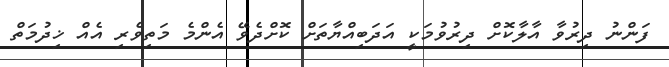
ފަންނު ދިރުވާ އާލާކޮށް ދިރުވުމަކީ އަދަބިއްޔާތަށް ކޮށްދެވޭ އެންމެ މަތިވެރި އެއް ޚިދުމަތް